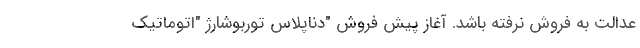
عدالت به فروش نرفته باشد. آغاز پیش فروش "دناپلاس توربوشارژ "اتوماتیک